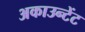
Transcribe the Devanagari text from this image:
अकाउन्टेंट